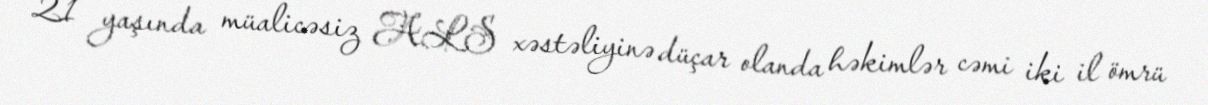
21 yaşında müalicəsiz ALS xəstəliyinə düçar olanda həkimlər cəmi iki il ömrü